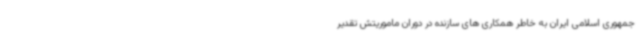
جمهوری اسلامی ایران به خاطر همکاری های سازنده در دوران ماموریتش تقدیر